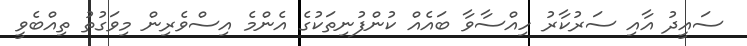
ސައީދު އާއި ސަރުކާރު ހިއްސާވާ ބައެއް ކުންފުނިތަކުގެ އެންމެ އިސްވެރިން މިވަގުތު ތިއްބެވީ